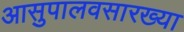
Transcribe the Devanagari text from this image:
आसुपालवसारख्या